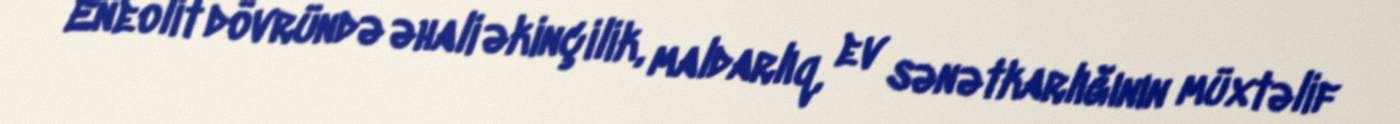
Eneolit dövründə əhali əkinçilik, maldarlıq, ev sənətkarlığının müxtəlif